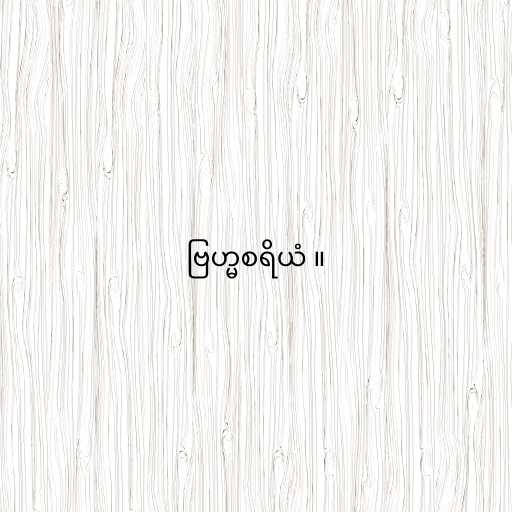
ဗြဟ္မစရိယံ ။